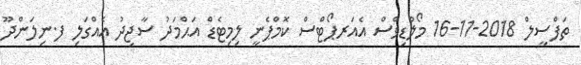
ތަފްސީލް 2018-11-16 މޯލްޑިވްސް އެއަރޕޯޓްސް ކޮމްޕެނީ ލިމިޓެޑް އަޙްމަދު ސާޖިދު އެއްގަލި ފ.ނިލަންދޫ